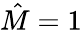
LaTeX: \hat{M}=1